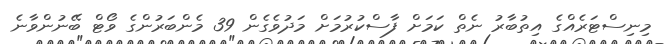
މިނިސްޓަރެއްގެ އިތުބާރު ނެތް ކަމަށް ފާސްކުރުމަށް މަދުވެގެން 39 މެންބަރުންގެ ވޯޓް ބޭނުންވާނެ